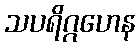
သပရိဂ္ဂဟေန